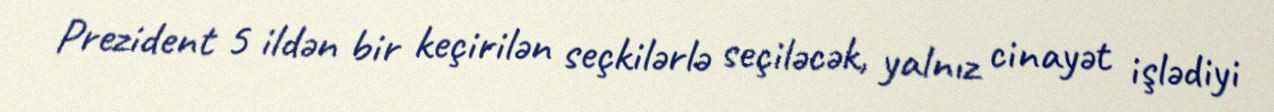
Prezident 5 ildən bir keçirilən seçkilərlə seçiləcək, yalnız cinayət işlədiyi